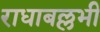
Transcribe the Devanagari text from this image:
राधाबल्लभी